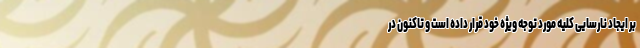
بر ایجاد نارسایی کلیه مورد توجه ویژه خود قرار داده است و تاکنون در